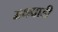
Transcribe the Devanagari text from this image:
मथवाडी